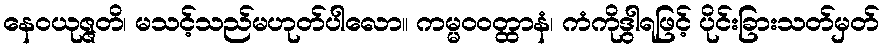
နေဝယုဇ္ဇတိ၊ မသင့်သည်မဟုတ်ပါလော။ ကမ္မဝဝတ္ထာနံ၊ ကံကိုဒွါရဖြင့် ပိုင်းခြားသတ်မှတ်